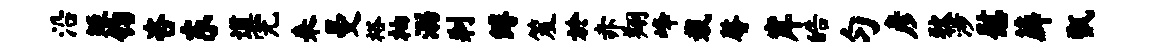
沿矩钧咨东道完来曼裕袖溺刹缚笈於赤翔峰栽馨岸皓匀彦狄涉慰薜甑